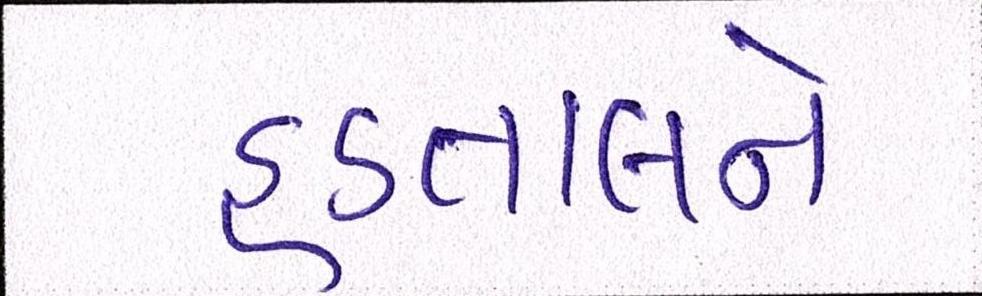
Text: હડતાલને